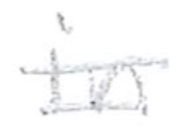
Text: in
Cross-out: double-line
Writing tool: pencil